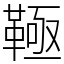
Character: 䩯